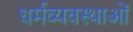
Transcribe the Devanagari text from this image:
धर्मव्यवस्थाओं